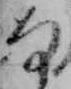
な